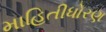
માહિતીધોરણ